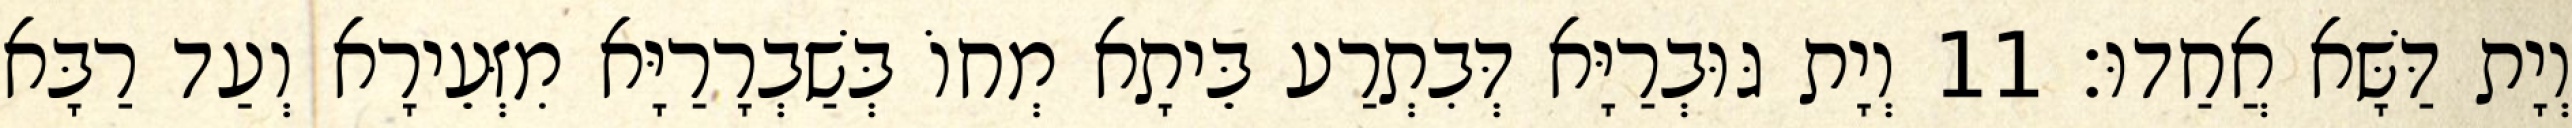
וְיָת דַּשָּׁא אֲחַדוּ׃ 11 וְיָת גּוּבְרַיָּא דְּבִתְרַע בֵּיתָא מְחוֹ בְּשַׁבְרָרַיָּא מִזְּעֵירָא וְעַד רַבָּא